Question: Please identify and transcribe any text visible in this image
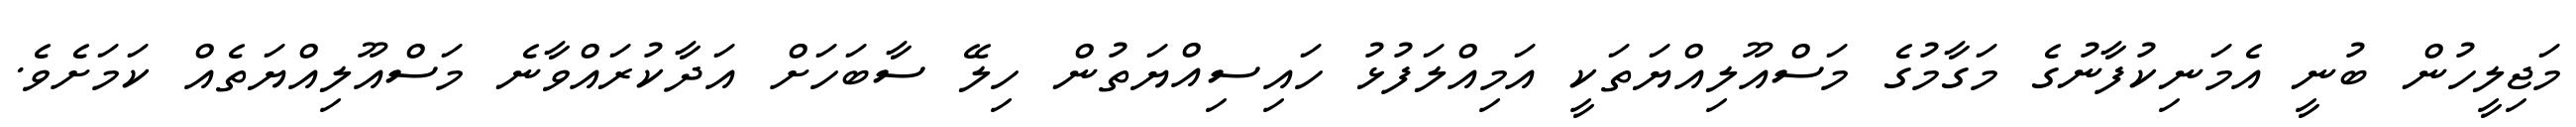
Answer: މަޖިލީހުން ބުނީ އެމަނިކުފާނުގެ މަގާމުގެ މަސްއޫލިއްޔަތަކީ އަމިއްލަފުޅު ހައިސިއްޔަތުން ހިލޭ ސާބަހަށް އަދާކުރައްވާނެ މަސްއޫލިއްޔަތެއް ކަމަށެވެ.